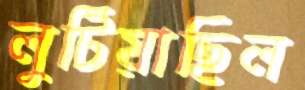
লুটিয়াছিল